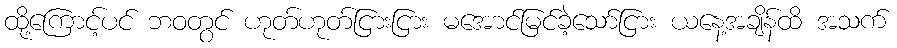
ထို့ကြောင့်ပင် ဘဝတွင် ဟုတ်ဟုတ်ငြားငြား မအောင်မြင်ခဲ့သော်ငြား ယနေ့အချိန်ထိ အသက်